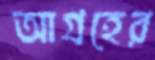
আগ্রহের